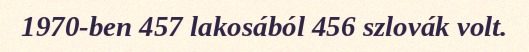
1970-ben 457 lakosából 456 szlovák volt.